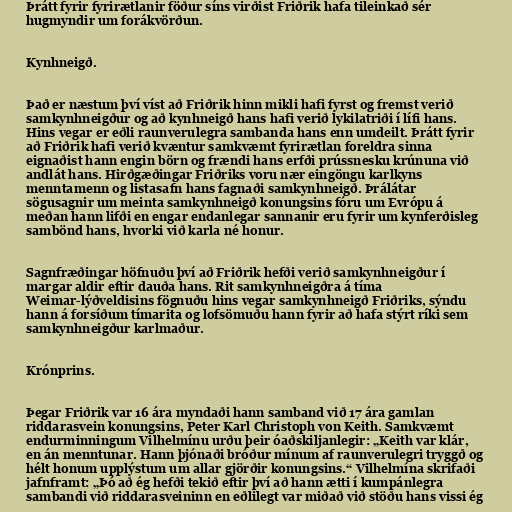
Þrátt fyrir fyrirætlanir föður síns virðist Friðrik hafa tileinkað sér
hugmyndir um forákvörðun.

Kynhneigð.

Það er næstum því víst að Friðrik hinn mikli hafi fyrst og fremst verið
samkynhneigður og að kynhneigð hans hafi verið lykilatriði í lífi hans.
Hins vegar er eðli raunverulegra sambanda hans enn umdeilt. Þrátt fyrir
að Friðrik hafi verið kvæntur samkvæmt fyrirætlan foreldra sinna
eignaðist hann engin börn og frændi hans erfði prússnesku krúnuna við
andlát hans. Hirðgæðingar Friðriks voru nær eingöngu karlkyns
menntamenn og listasafn hans fagnaði samkynhneigð. Þrálátar
sögusagnir um meinta samkynhneigð konungsins fóru um Evrópu á
meðan hann lifði en engar endanlegar sannanir eru fyrir um kynferðisleg
sambönd hans, hvorki við karla né honur.

Sagnfræðingar höfnuðu því að Friðrik hefði verið samkynhneigður í
margar aldir eftir dauða hans. Rit samkynhneigðra á tíma
Weimar-lýðveldisins fögnuðu hins vegar samkynhneigð Friðriks, sýndu
hann á forsíðum tímarita og lofsömuðu hann fyrir að hafa stýrt ríki sem
samkynhneigður karlmaður.

Krónprins.

Þegar Friðrik var 16 ára myndaði hann samband við 17 ára gamlan
riddarasvein konungsins, Peter Karl Christoph von Keith. Samkvæmt
endurminningum Vilhelmínu urðu þeir óaðskiljanlegir: „Keith var klár,
en án menntunar. Hann þjónaði bróður mínum af raunverulegri tryggð og
hélt honum upplýstum um allar gjörðir konungsins.“ Vilhelmína skrifaði
jafnframt: „Þó að ég hefði tekið eftir því að hann ætti í kumpánlegra
sambandi við riddarasveininn en eðlilegt var miðað við stöðu hans vissi ég